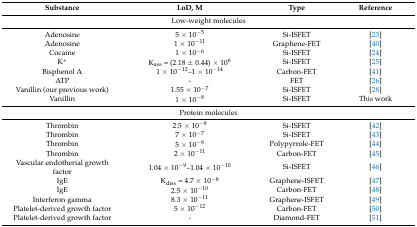
<table><thead><tr><td><b>Substance</b></td><td><b>LoD, M</b></td><td><b>Type</b></td><td><b>Reference</b></td></tr></thead><tbody><tr><td colspan="4">Low-weight molecules</td></tr><tr><td>Adenosine</td><td>5 × 10<sup>−5</sup></td><td>Si-ISFET</td><td>[23]</td></tr><tr><td>Adenosine</td><td>1 × 10<sup>−11</sup></td><td>Graphene-FET</td><td>[40]</td></tr><tr><td>Cocaine</td><td>1 × 10<sup>−6</sup></td><td>Si-ISFET</td><td>[24]</td></tr><tr><td>K<sup>+</sup></td><td>K<sub>ass</sub> = (2.18 ± 0.44) × 10<sup>6</sup></td><td>Si-ISFET</td><td>[25]</td></tr><tr><td>Bisphenol A</td><td>1 × 10<sup>−12</sup>–1 × 10<sup>−14</sup></td><td>Carbon-FET</td><td>[41]</td></tr><tr><td>ATP</td><td>-</td><td>FET</td><td>[26]</td></tr><tr><td>Vanillin (our previous work)</td><td>1.55 × 10<sup>−7</sup></td><td>Si-ISFET</td><td>[28]</td></tr><tr><td>Vanillin</td><td>1 × 10<sup>−8</sup></td><td>Si-ISFET</td><td>This work</td></tr><tr><td colspan="4">Protein molecules</td></tr><tr><td>Thrombin</td><td>2.5 × 10<sup>−8</sup></td><td>Si-ISFET</td><td>[42]</td></tr><tr><td>Thrombin</td><td>7 × 10<sup>−7</sup></td><td>Si-ISFET</td><td>[43]</td></tr><tr><td>Thrombin</td><td>5 × 10<sup>−8</sup></td><td>Polypyrrole-FET</td><td>[44]</td></tr><tr><td>Thrombin</td><td>2 × 10<sup>−11</sup></td><td>Carbon-FET</td><td>[45]</td></tr><tr><td>Vascular endotherial growth factor</td><td>1.04 × 10<sup>−9</sup>–1.04 × 10<sup>−10</sup></td><td>Si-ISFET</td><td>[46]</td></tr><tr><td>IgE</td><td>K<sub>diss</sub> = 4.7 × 10<sup>−8</sup></td><td>Graphene-ISFET</td><td>[47]</td></tr><tr><td>IgE</td><td>2.5 × 10<sup>−10</sup></td><td>Carbon-FET</td><td>[48]</td></tr><tr><td>Interferon gamma</td><td>8.3 × 10<sup>−11</sup></td><td>Graphene-ISFET</td><td>[49]</td></tr><tr><td>Platelet-derived growth factor</td><td>5 × 10<sup>−12</sup></td><td>Carbon-FET</td><td>[50]</td></tr><tr><td>Platelet-derived growth factor</td><td>-</td><td>Diamond-FET</td><td>[51]</td></tr></tbody></table>